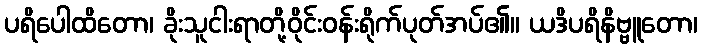
ပရိပေါထိတော၊ ခိုးသူငါးရာတို့ဝိုင်းဝန်းရိုက်ပုတ်အပ်၏။ ယဒိပရိနိဗ္ဗူတော၊